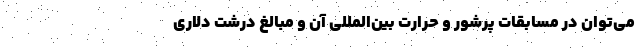
می‌توان در مسابقات پرشور و حرارت بین‌المللی آن و مبالغ درشت دلاری